Standardisation of Calmette's anti-venomous serum with pure cobra venom - Number 1
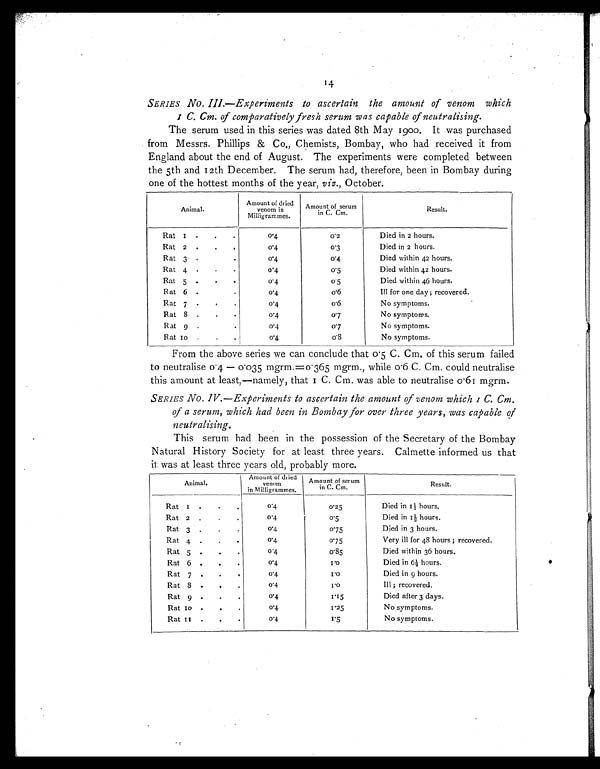
14
SERIES No. 111.—Experiments to ascertain the amount of venom which
1 C. Cm. of comparatively fresh serum was capable of neutralising.
The serum used in this series was dated 8th May 1900. It was purchased
from Messrs. Phillips & Co., Chemists, Bombay, who had received it from
England about the end of August. The experiments were completed between
the 5th and 12th December. The serum had, therefore, been in Bombay during
one of the hottest months of the year, viz ., October.
A n i m a l .
Amount of dried
venom in
Milligrammes.
Amount of serum
in C. Cm.
Result.
Rat 1 . . .
0.4
0.2
Died in 2 hours.
Rat 2 . . .
0.4
0.3
Died in 2 hours.
Rat 3. .
0.4
0.4
Died within 42 hours.
Rat 4 . . .
0.4
0.5
Died within 42 hours.
Rat 5 . . .
0
•
4
0.5
Died within 46 hours.
Rat 6 . .
0.4
0.6
Ill for one day; recovered.
Rat 7 . . .
0.4
0.6
No symptoms.
Rat 8 . . .
0.4
0. 7
No symptoms.
Rat 9 . .
0.4
0.7
No symptoms.
Rat 10
. . .
0
.
4
0.8
No symptoms.
From the above series we can conclude that 0 .5 C. Cm. of this serum failed
to neutralise 0.4
—
0.035 mgrm.=0.365 mgrm., while 0.6 C. Cm. could neutralise
this amount at least,—namely, that 1 C. Cm. was able to neutralise 0.61 mgrm.
SERIES No. IV.—Experiments to ascertain the amount of venom which 1C. Cm.
of a serum, which had been in Bombay for over three years, was capable of
neutralising.
This serum had been in the possession of the Secretary of the Bombay
Natural History Society for at least three years. Calmette informed us that
it was at least three years old, probably more.
Animal.
Amount of dried
venom
in Milligrammes.
Amount of ser
in C. Cm.
Result
.
Rat
1 . . .
0 . 4
0.25
Died in 1½; hours.
Rat 2
. . .
0 . 4
0.5
Died in 1 ½ hours.
Rat 3
. . .
0.4
0.75
Died in 3 hours.
Rat 4
. . .
0.4
0.75
Very ill for 48 hours ; recovered.
Rat 5
. . .
04
0.85
Died within 36 hours.
Rat 6
. . .
0.4
1.0
Died in 6½ hours.
Rat 7
. . .
0.4
1.0
Died in 9 hours.
Rat 8 .
.
.
0.4
1.0
Ill; recovered.
Rat 9
. . .
0.4
1.15
Died after 3 days.
Rat 10
. . .
0 . 4
1.25
No symptoms.
Rat 11
. . .
0 . 4
1.5
No symptoms
.